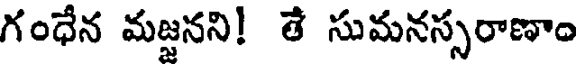
గంధేన మజ్జనని! తే సుమనస్సరాణాం